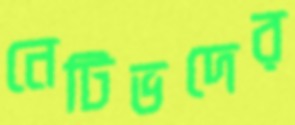
নেটিভদের